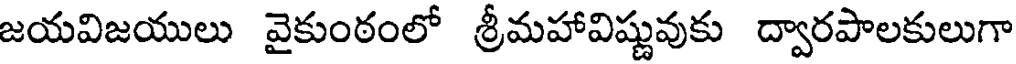
జయవిజయులు వైకుంఠంలో శ్రీమహావిష్ణువుకు ద్వారపాలకులుగా